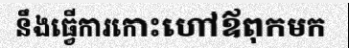
នឹងធ្វើការកោះហៅឪពុកមក